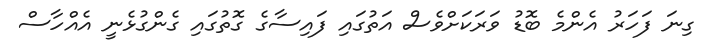
ގިނަ ފަހަރު އެންމެ ބޮޑު ވަރަކަށްވެސް އަތުގައި ފައިސާގެ ގޮތުގައި ގެންގުޅެނީ އެއްހާސް